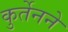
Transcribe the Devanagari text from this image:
कुर्तेनने